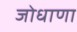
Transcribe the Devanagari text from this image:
जोधाणा